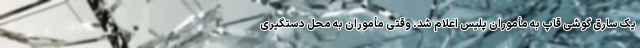
یک سارق گوشی قاپ به مأموران پلیس اعلام شد. وقتی مأموران به محل دستگیری